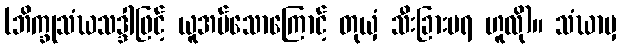
(ဘိက္ခုသံဃသဒ္ဒါဖြင့် ယူအပ်သောကြောင့် တုယှံ သီးခြားမရ ဟူလို)။ သံဃာမှ